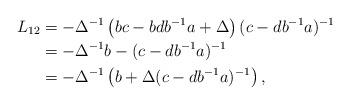
LaTeX: \begin{align*}L_{12} &=-\Delta^{-1}\left(bc-bdb^{-1}a+\Delta\right)(c-db^{-1}a)^{-1}\\&=-\Delta^{-1}b-(c-db^{-1}a)^{-1}\\&=-\Delta^{-1}\left(b+\Delta(c-db^{-1}a)^{-1}\right),\end{align*}